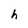
Character: h